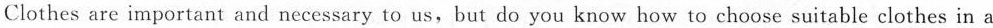
Clothes are important and necessary to us, but do you know how to choose suitable clothes in a